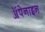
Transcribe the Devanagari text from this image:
ॲपेनाइन